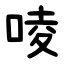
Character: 㖫